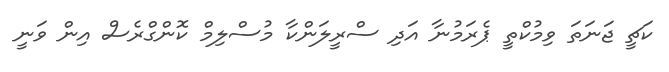
ކަޗީ ޖަނަތަ ވިމުކްތީ ޕެރަމުނާ އަދި ސްރީލަންކާ މުސްލިމް ކޮންގްރެސް އިން ވަނީ